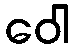
ဝေါ